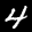
Label: 4